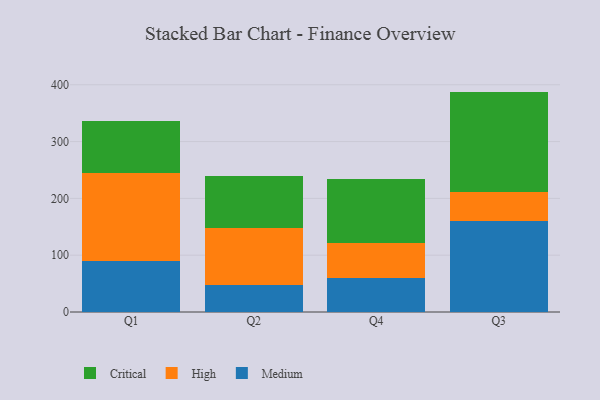
{"axis": {"x": "Quarter", "y": "Website Visitors"}, "legend": ["Critical", "High", "Medium"], "data": [{"x": "Q1", "y": 90.0, "type": "Medium"}, {"x": "Q1", "y": 154.0, "type": "High"}, {"x": "Q1", "y": 92.2, "type": "Critical"}, {"x": "Q2", "y": 47.7, "type": "Medium"}, {"x": "Q2", "y": 99.6, "type": "High"}, {"x": "Q2", "y": 91.9, "type": "Critical"}, {"x": "Q4", "y": 59.0, "type": "Medium"}, {"x": "Q4", "y": 62.5, "type": "High"}, {"x": "Q4", "y": 112.9, "type": "Critical"}, {"x": "Q3", "y": 160.2, "type": "Medium"}, {"x": "Q3", "y": 51.1, "type": "High"}, {"x": "Q3", "y": 176.7, "type": "Critical"}]}